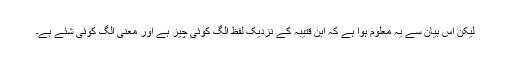
لیکن اس بیان سے یہ معلوم ہوا ہے کہ ابن قتیبہ کے نزدیک لفظ الگ کوئی چیز ہے اور معنی الگ کوئی شئے ہے۔